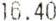
16.40